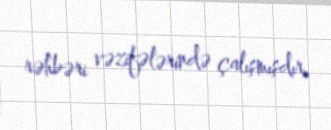
rəhbəri vəzifələrində çalışmışdır.